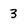
Character: 3